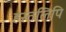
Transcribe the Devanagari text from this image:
हस्‍तलिपि